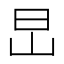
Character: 旵